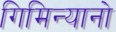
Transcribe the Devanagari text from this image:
गिमिन्यानो